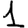
Digit: 1